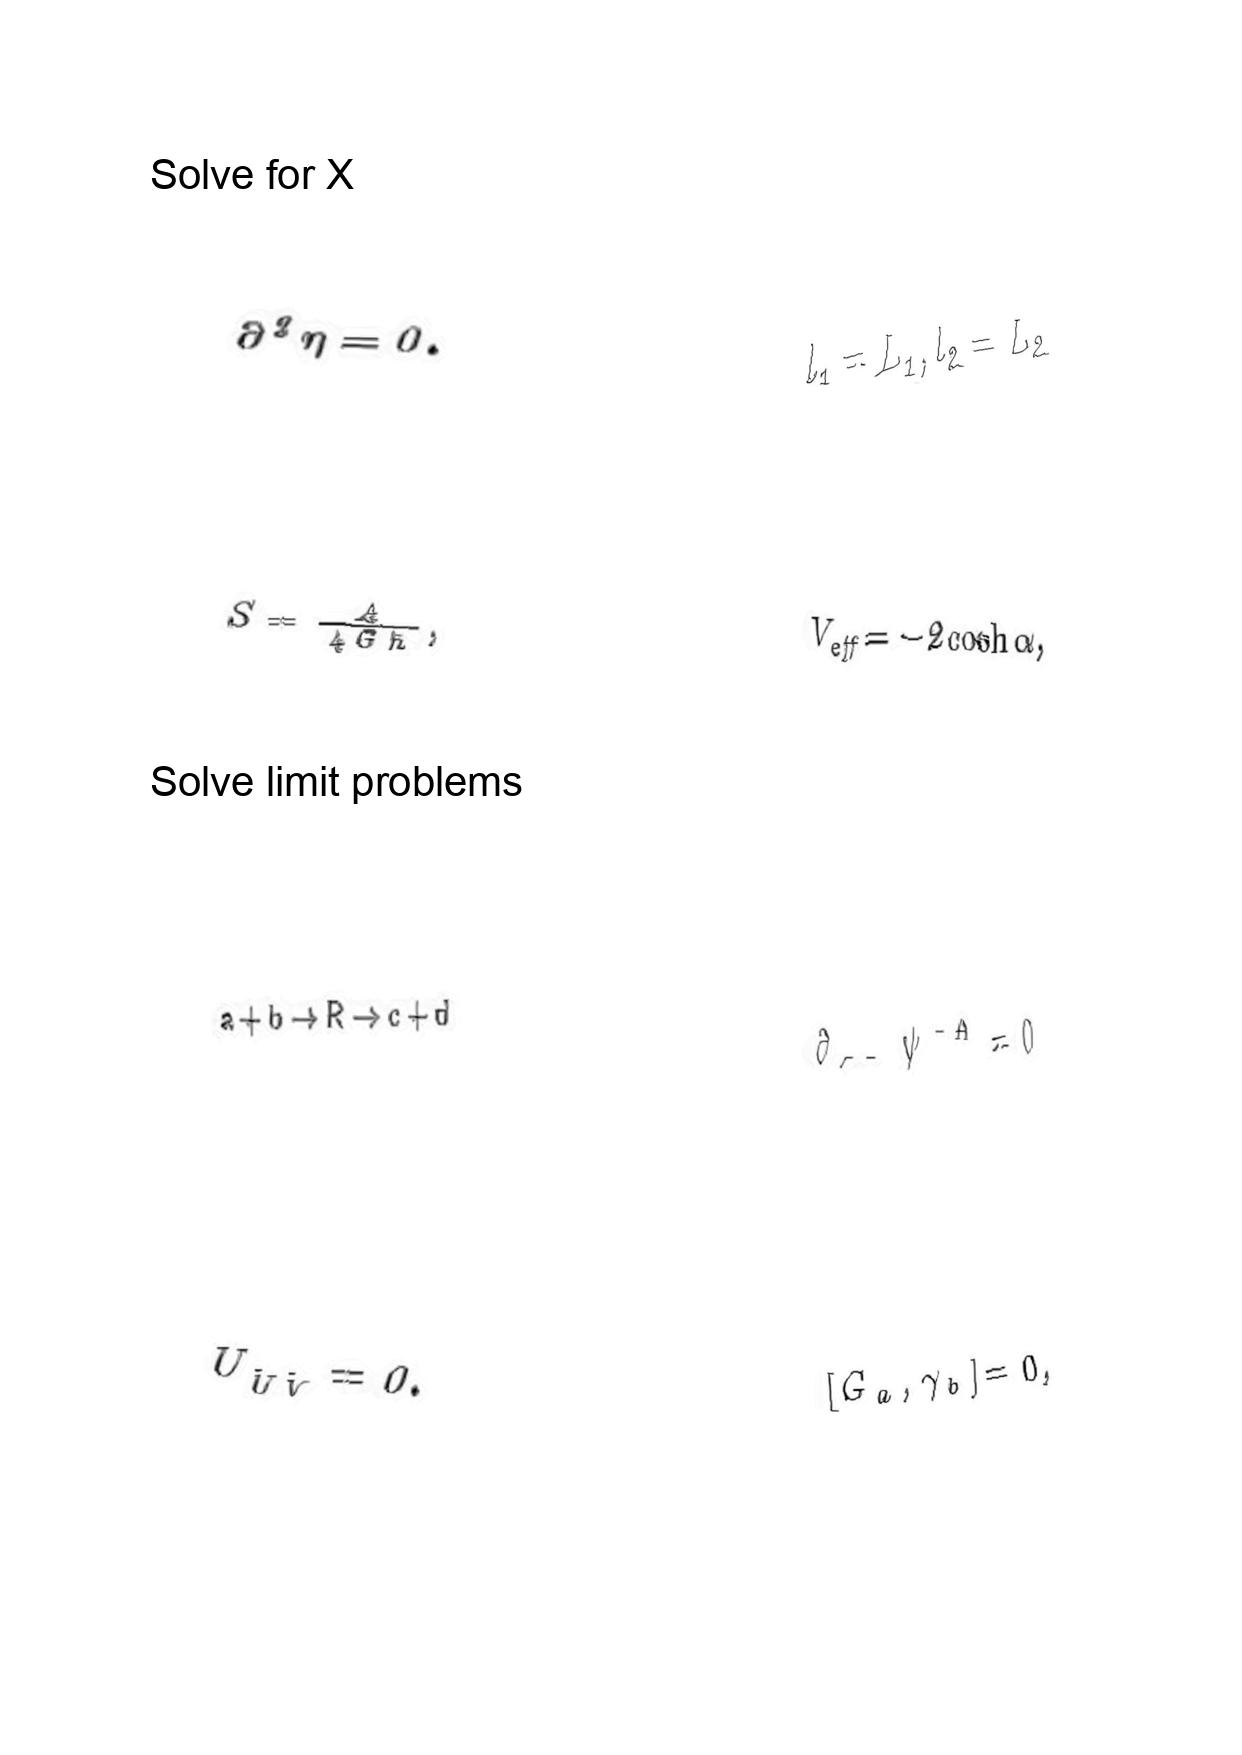
LaTeX transcription:
\partial ^ { 2 } \eta = 0 .
S = \frac { A } { 4 G \hbar } ,
a + b \rightarrow R \rightarrow c + d
U _ { \hat { U } \hat { V } } = 0 .
l _ { 1 } = L _ { 1 } , l _ { 2 } = L _ { 2 }
V _ { e f f } = - 2 \cosh \alpha ,
\partial _ { - - } \psi ^ { - A } = 0
\lbrack G _ { a } , \gamma _ { b } \rbrack = 0 ,